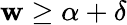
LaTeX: \mathbf{w}\geq\alpha+\delta